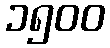
၁၅၀၀